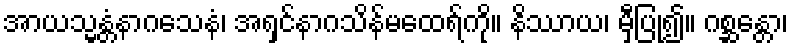
အာယသ္မန္တံနာဂသေနံ၊ အရှင်နာဂသိန်မထေရ်ကို။ နိဿာယ၊ မှီပြု၍။ ဂစ္ဆန္တော၊